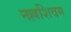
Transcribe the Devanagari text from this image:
नल्लशिवम